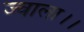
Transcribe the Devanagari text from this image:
ज्वाला।।